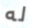
له